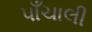
પાઁચાલી